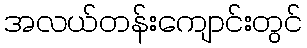
အလယ်တန်းကျောင်းတွင်